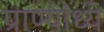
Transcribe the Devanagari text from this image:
प्राण्यांध्ये